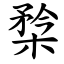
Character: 㮗